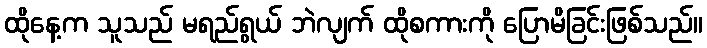
ထိုနေ့က သူသည် မရည်ရွယ် ဘဲလျက် ထိုစကားကို ပြောမိခြင်းဖြစ်သည်။